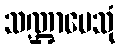
သဏ္ဌာပေသုံ